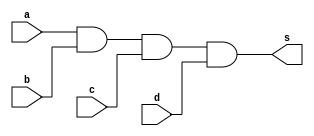
//---------------
// LUIZ MARQUES DE OLIVEIRA
// PROVA LETRA J
//---------------

module letraj (s,a,b,c,d);
output s;
input a,b,c,d;



and AND1 (s, a,b,c,d);



endmodule //fim letraj

module testeletraj;

wire s;
reg a,b,c,d;

letraj J (s,a,b,c,d);

 initial begin
	   $display("LUIZ MARQUES DE OLIVEIRA");
 		$display("PROVA - LETRA J");
      $display("\na  b   c   d  s2\n");
      $monitor("%b  %b   %b   %b  %b", a, b, c, d, s);
  
	     a=0; b=0; c=0; d=0;  
    #1  a=0; b=0; c=0; d=1;
    #1  a=0; b=0; c=1; d=0;
    #1  a=0; b=0; c=1; d=1;
    #1  a=0; b=1; c=0; d=0;
 	 #1  a=0; b=1; c=0; d=1;
    #1  a=0; b=1; c=1; d=0;
    #1  a=0; b=1; c=1; d=1;
    #1  a=1; b=0; c=0; d=0;
    #1  a=1; b=0; c=0; d=1;
    #1  a=1; b=0; c=1; d=0;
    #1  a=1; b=0; c=1; d=1;
    #1  a=1; b=1; c=0; d=0;
    #1  a=1; b=1; c=0; d=1;
    #1  a=1; b=1; c=1; d=0;
    #1  a=1; b=1; c=1; d=1;


        
    end
    endmodule